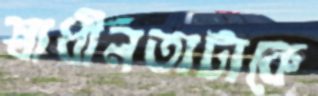
স্বাধীনতাটাকে